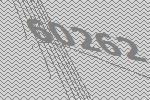
60262